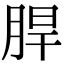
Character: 䏷